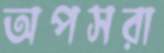
অপসরা